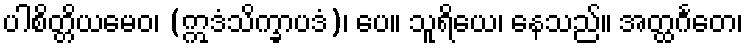
ပါစိတ္တိယမေဝ၊ (ဣဒံသိက္ခာပဒံ)၊ ပေ။ သူရိယေ၊ နေသည်။ အတ္ထင်္ဂတေ၊